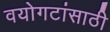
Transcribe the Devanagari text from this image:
वयोगटांसाठी